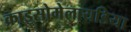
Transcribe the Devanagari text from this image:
क्राइसोमेलायडिया